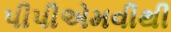
પીપીએમવીથી